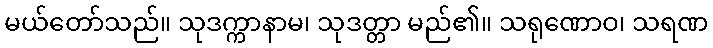
မယ်တော်သည်။ သုဒက္ကာနာမ၊ သုဒတ္တာ မည်၏။ သရုဏောဝ၊ သရဏ